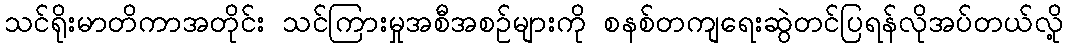
သင်ရိုးမာတိကာအတိုင်း သင်ကြားမှုအစီအစဉ်များကို စနစ်တကျရေးဆွဲတင်ပြရန်လိုအပ်တယ်လို့